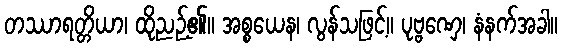
တဿာရတ္တိယာ၊ ထိုညဉ့်၏။ အစ္စယေန၊ လွန်သဖြင့်။ ပုဗ္ဗဏှေ၊ နံနက်အခါ။